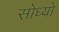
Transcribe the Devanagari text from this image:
सोध्यो